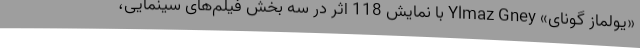
«يولماز گونای» Ylmaz Gney با نمایش 118 اثر در سه بخش فيلم‌های سينمايی،